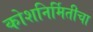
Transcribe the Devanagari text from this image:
कोशनिर्मितीचा